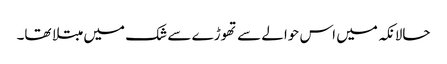
حالانکہ میں اس حوالے سے تھوڑے سے شک میں مبتلا تھا۔